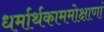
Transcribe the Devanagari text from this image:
धर्मार्थकाममोक्षाणां